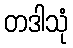
တဒါသုံ